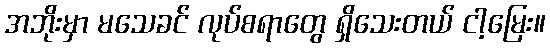
အဘိုးမှာ မသေခင် လုပ်စရာတွေ ရှိသေးတယ် ငါ့မြေး။